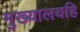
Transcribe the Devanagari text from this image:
मुख्यालयहि